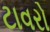
ટાવરો